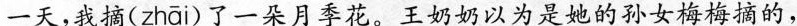
一天，我摘( zhāi )了一朵月季花。王奶奶以为是她的孙女梅梅摘的，